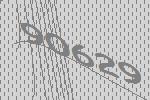
90629